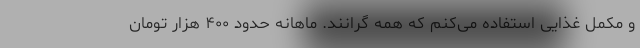
و مکمل غذایی استفاده می‌کنم که همه گرانند. ماهانه حدود ۴۰۰ هزار تومان